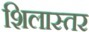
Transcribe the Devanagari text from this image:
शिलास्तर